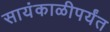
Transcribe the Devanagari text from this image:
सायंकाळीपर्यंत